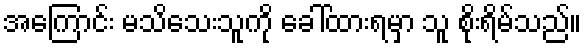
အကြောင်း မသိသေးသူကို ခေါ်ထားရမှာ သူ စိုးရိမ်သည်။